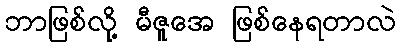
ဘာဖြစ်လို့ မီဇူအေ ဖြစ်နေရတာလဲ